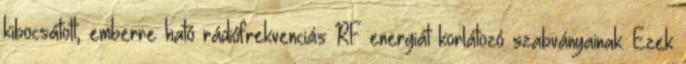
kibocsátott, emberre ható rádiófrekvenciás RF energiát korlátozó szabványainak. Ezek